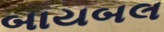
બાયબલ